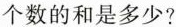
个数的和是多少?